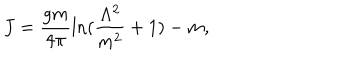
J = \frac { g m } { 4 \pi } \mathrm { l n } ( \frac { \Lambda ^ { 2 } } { m ^ { 2 } } + 1 ) - m ,